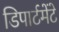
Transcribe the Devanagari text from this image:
डिपार्टमेंटे